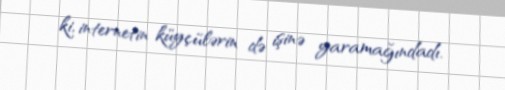
ki, internetin küyçülərin də işinə yaramağındadı.